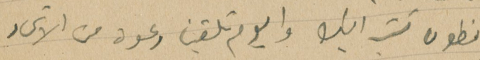
انطون كتب اليك واليوم تلقينا دعوة من الاتحاد